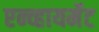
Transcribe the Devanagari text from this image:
एन्व्हायर्मेट